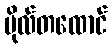
ဗိုလ်တထောင်